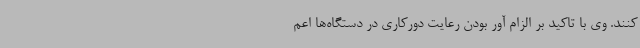
کنند. وی با تاکید بر الزام آور بودن رعایت دورکاری در دستگاه‌ها اعم